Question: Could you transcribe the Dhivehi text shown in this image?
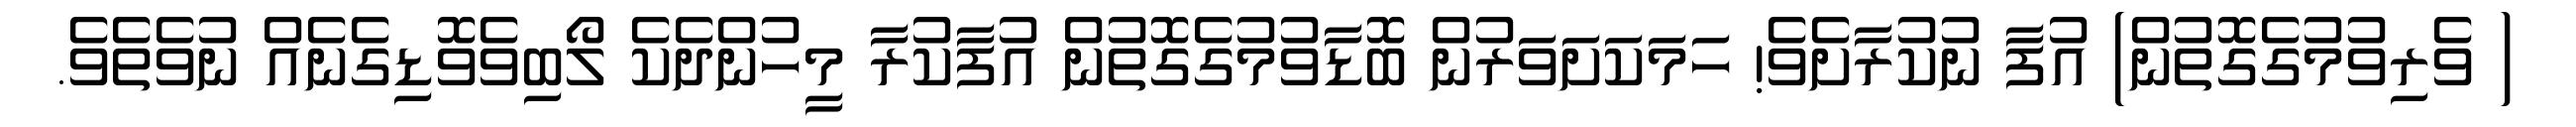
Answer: ( ވެރިވުމުގެގޮތުން) އުފާ ނުކުރާށެވެ! ހަމަކަށަވަރުން ބޮޑާވުމުގެގޮތުން އުފާކުރާ މީހުންދެކެ ލޯބިވެވޮޑިގެނެއް ނުވެތެވެ.